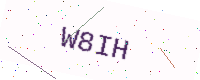
Text: W8IH